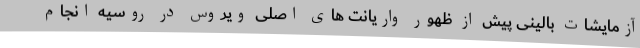
آزمایشات بالینی پیش از ظهور واریانت های اصلی ویروس در روسیه انجام